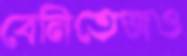
বেনিতেজও